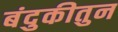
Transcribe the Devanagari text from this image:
बंदुकीतुन